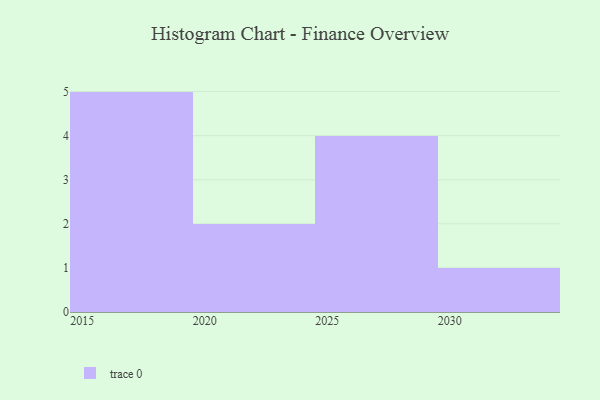
{"axis": {"x": "Year", "y": "Churn Rate (%)"}, "legend": [""], "data": [{"x": "2025", "y": 77, "type": ""}, {"x": "2026", "y": 44, "type": ""}, {"x": "2019", "y": 50, "type": ""}, {"x": "2018", "y": 2, "type": ""}, {"x": "2021", "y": 96, "type": ""}, {"x": "2023", "y": 34, "type": ""}, {"x": "2030", "y": 100, "type": ""}, {"x": "2016", "y": 46, "type": ""}, {"x": "2015", "y": 56, "type": ""}, {"x": "2017", "y": 50, "type": ""}, {"x": "2029", "y": 56, "type": ""}, {"x": "2027", "y": 58, "type": ""}]}